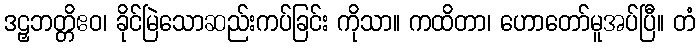
ဒဠှဘတ္တိဧဝ၊ ခိုင်မြဲသောဆည်းကပ်ခြင်း ကိုသာ။ ကထိတာ၊ ဟောတော်မူအပ်ပြီ။ တံ